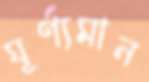
ঘূর্ণ্যমান